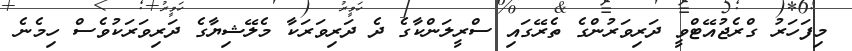
މިފަހަރު ގްރެޖުއޭޓްވީ ދަރިވަރުންގެ ތެރޭގައި ސްރީލަންކާގެ ދެ ދަރިވަރަކާ މެލޭޝިޔާގެ ދަރިވަރަކުވެސް ހިމެނެ